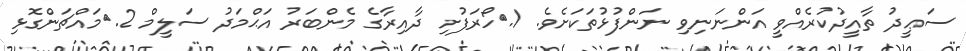
ސަޢީދު ތާއީދުކުރެއްވީ އަންނަނިވި ނަންފުޅުތަކަށެވެ. 1.	ހޯރަފުށި ދާއިރާގެ މެންބަރު އަޙްމަދު ސަލީމް 2.	މައްޗަންގޮޅި